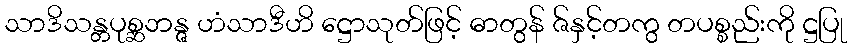
သာဒိသန္တပုစ္ဆဘန္ဇ ဟံသာဒီဟိ ဋ္ဌောသုတ်ဖြင့် ဓာတွန် ဇ်နှင့်တကွ တပစ္စည်းကို ဋ္ဌပြု